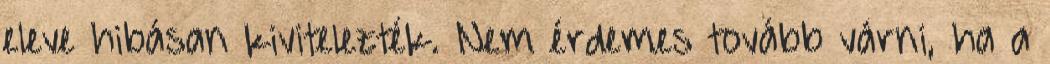
eleve hibásan kivitelezték. Nem érdemes tovább várni, ha a